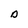
Character: D